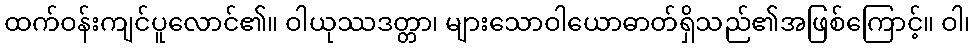
ထက်ဝန်းကျင်ပူလောင်၏။ ဝါယုဿဒတ္တာ၊ များသောဝါယောဓာတ်ရှိသည်၏အဖြစ်ကြောင့်။ ဝါ၊